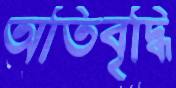
অতিবৃদ্ধি